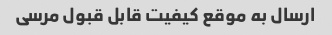
ارسال به موقع کیفیت قابل قبول‌ مرسی